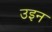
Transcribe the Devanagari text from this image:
उइन